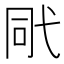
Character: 㢥